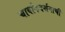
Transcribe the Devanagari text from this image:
चार्वाकदर्शनाची